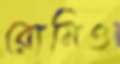
রোমিও